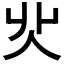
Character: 𠇿